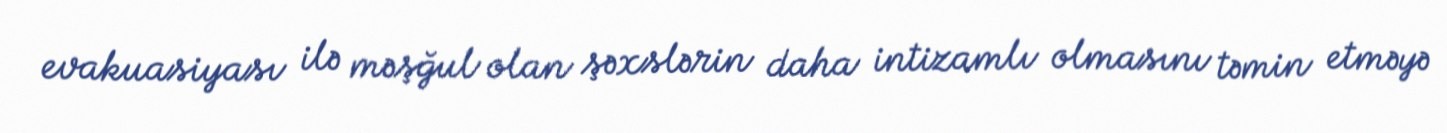
evakuasiyası ilə məşğul olan şəxslərin daha intizamlı olmasını təmin etməyə